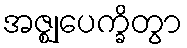
အဇ္ဈုပေက္ခိတွာ